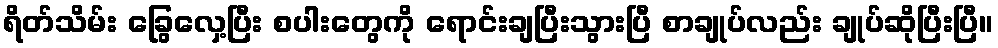
ရိတ်သိမ်း ခြွေလှေ့ပြီး စပါးတွေကို ရောင်းချပြီးသွားပြီ စာချုပ်လည်း ချုပ်ဆိုပြီးပြီ။